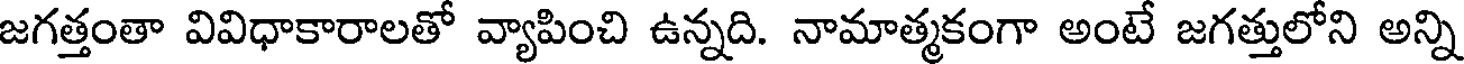
జగత్తంతా వివిధాకారాలతో వ్యాపించి ఉన్నది. నామాత్మకంగా అంటే జగత్తులోని అన్ని